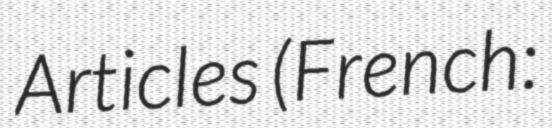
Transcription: Articles (French: